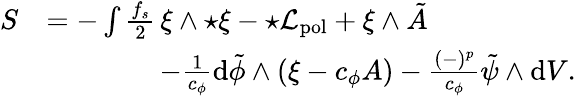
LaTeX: \begin{array}{rl}{S}&{=-\int\frac{f_{s}}{2}\, \xi\wedge{\star\xi}-\star{\cal L}_{\mathrm{pol}}+\xi\wedge\tilde{A}}\\ &{\qquad\qquad-\frac{1}{c_{\phi}}\mathrm{d}\tilde{\phi}\wedge\left(\xi-c_{\phi}A\right)-\frac{(-)^{p}}{c_{\phi}}\tilde{\psi}\wedge{\mathrm{d}V}.}\end{array}